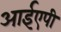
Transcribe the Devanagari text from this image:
आईएपी